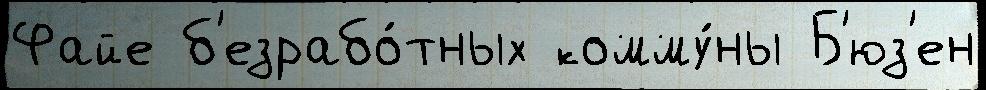
Файе б'езрабо́тных комму́ны Б'юз'ен